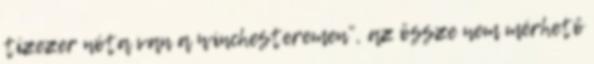
tízezer nóta van a winchesteremen”, az össze nem mérhető